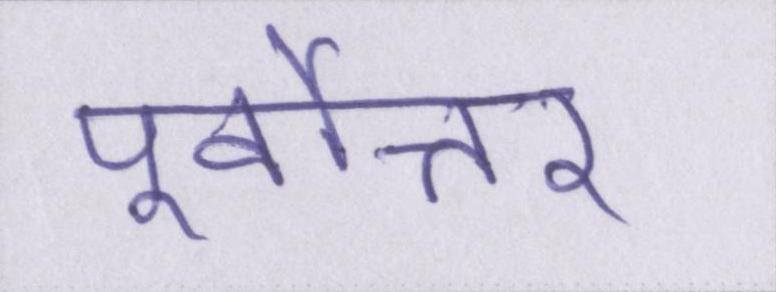
पूर्वोत्तर